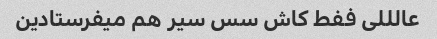
عالللی ففط کاش سس سیر هم میفرستادین